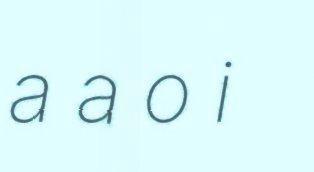
a a o i